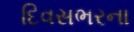
દિવસભરના